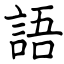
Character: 語